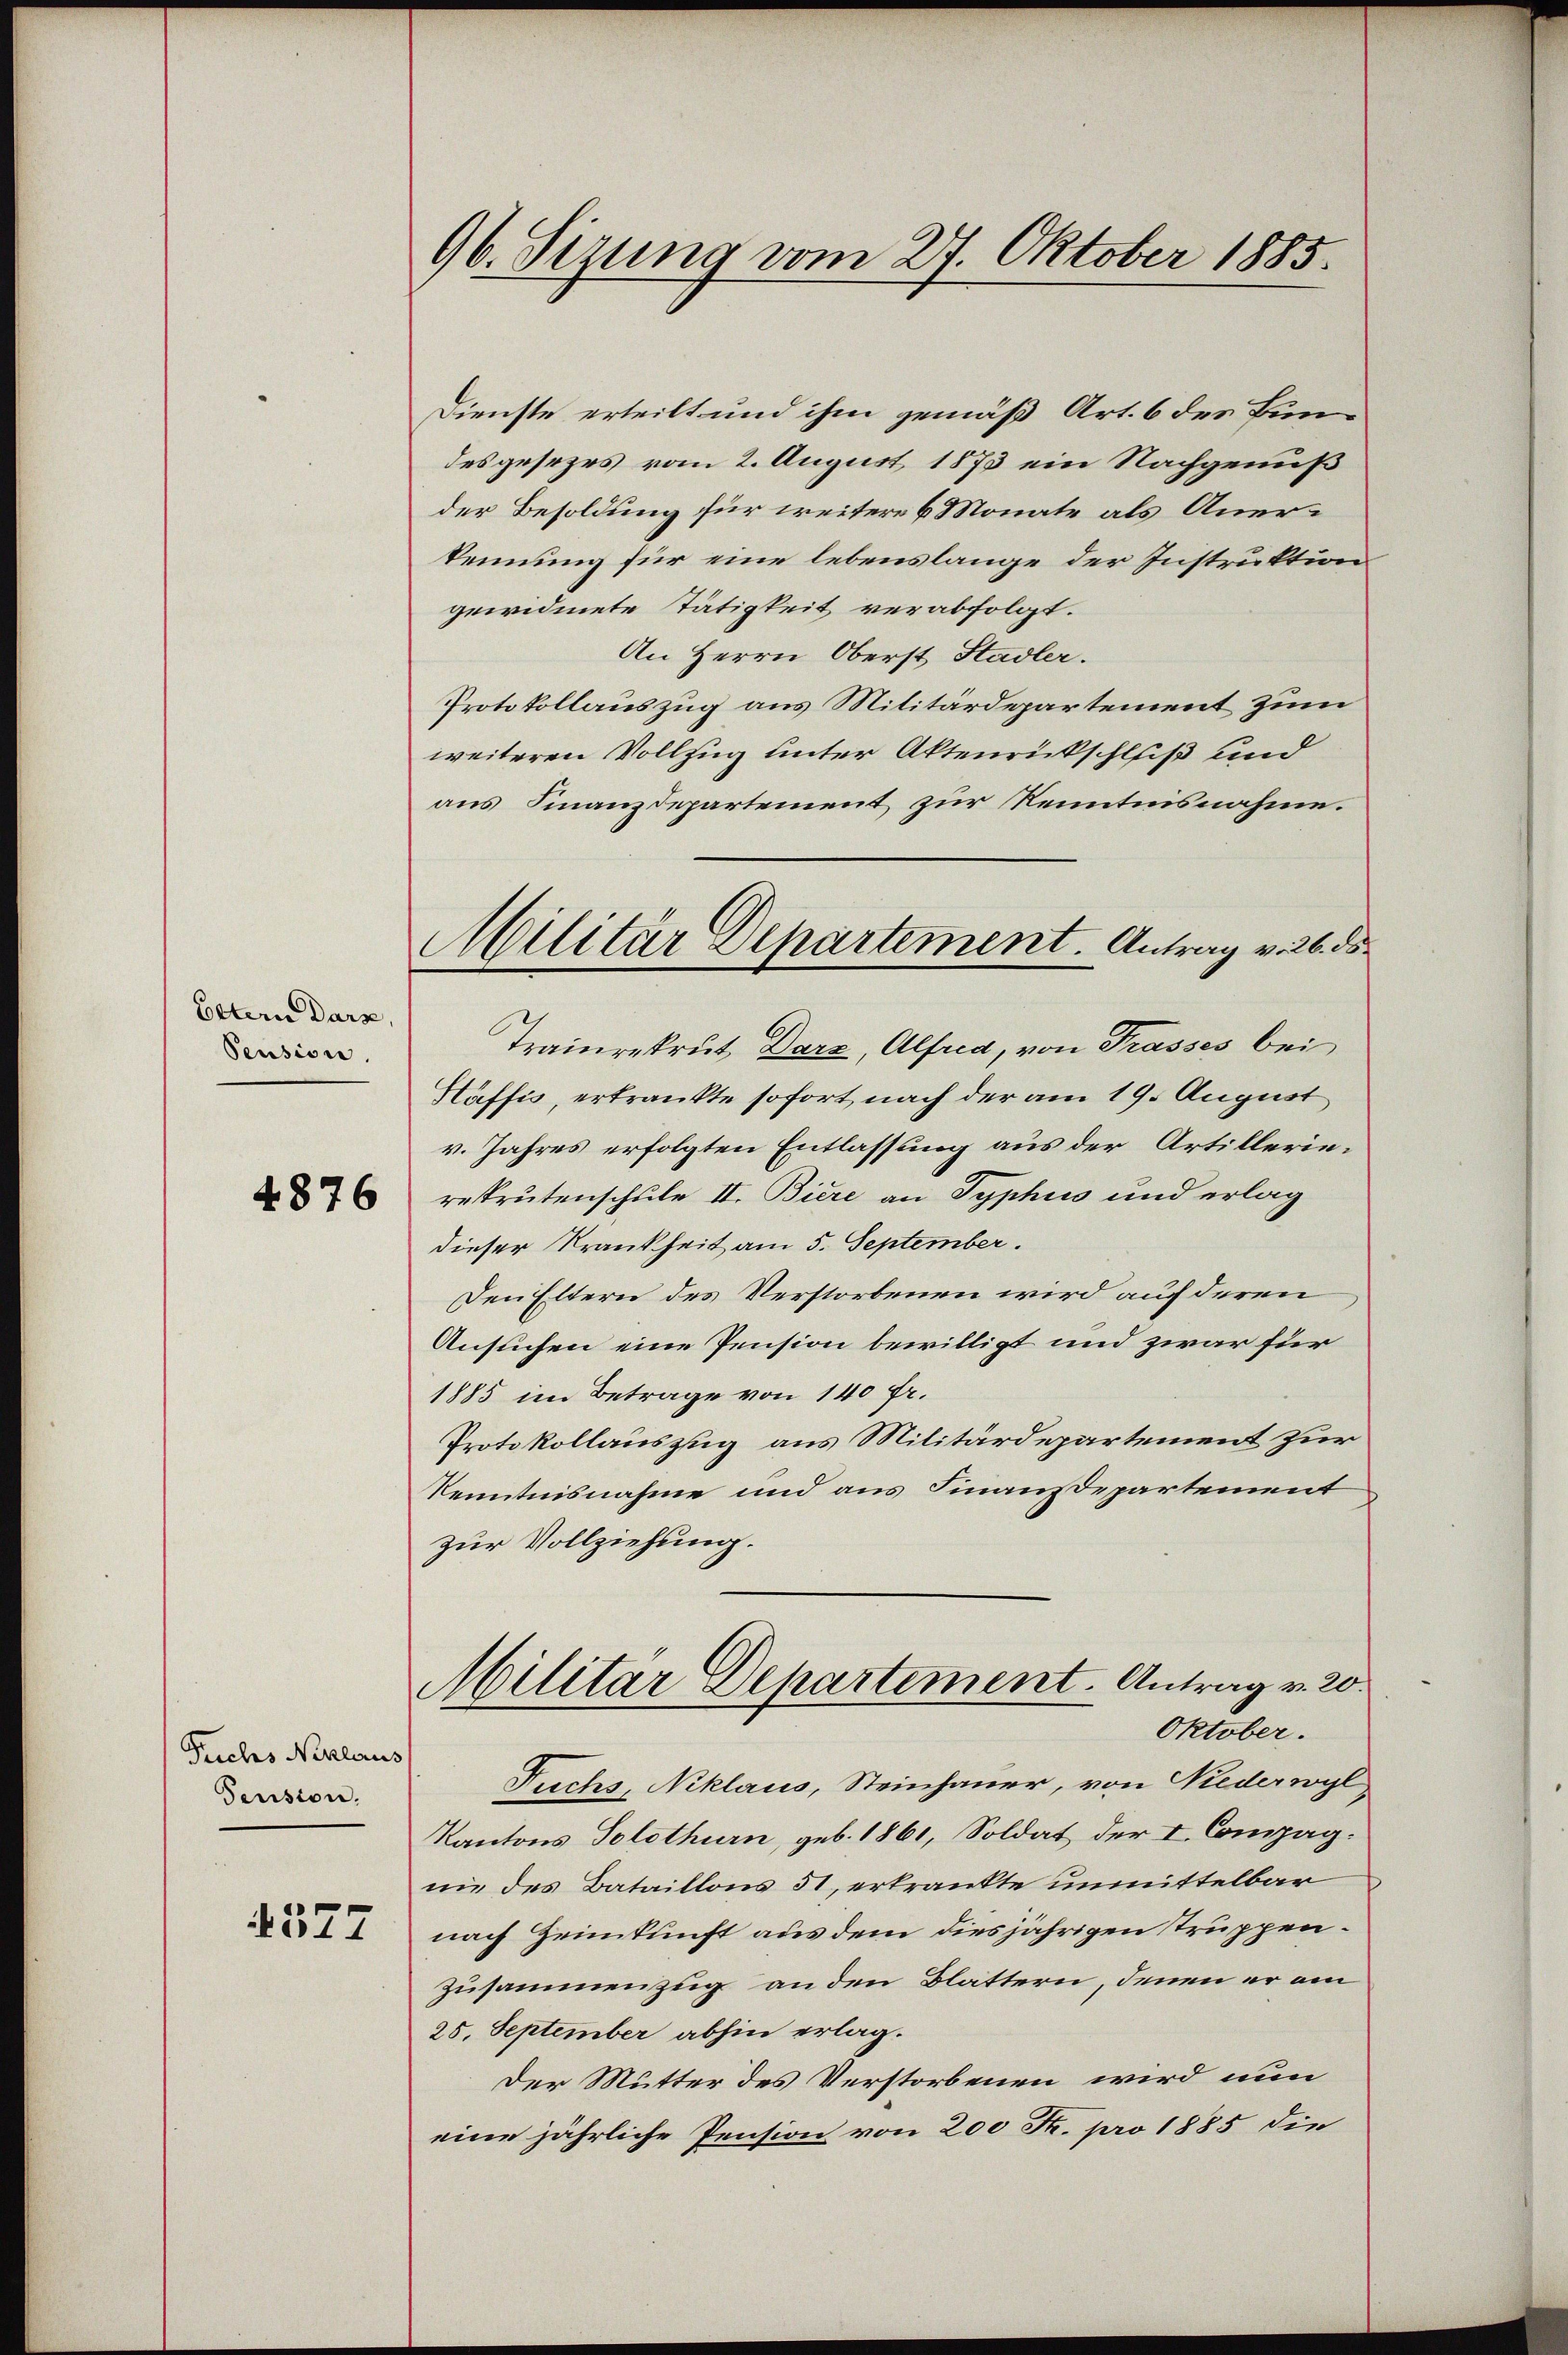
Eltern Darz,
Pension.

4876

Triches Niklaus
Pension.

4577

96. Sizung vom 27. Oktober 1885.

Militär Departement. Antrag v. 26. ds.

Dienste erteilt und ihm gemäß Art. 6 des Bundesgesezes vom 2. August 1873 ein Nachgenuß
der Besoldung für weitere 6 Monate als Anerkennung für eine lebenslange der Instruktion
gewidmete Tätigkeit verabfolgt.
An Herrn Oberst Stadler.
Protokollauszug aus Militärdepartement zum
weiteren Vollzug unter Aktenrückschluß und
aus Finanzdepartement zur Kenntnisnahme.
Trainrekrut Darz, Alfred, von Trasses bei
Häffis, erkrankte sofort nach der am 19. August
v. Jahres erfolgten Entlassung aus der Artillerierekrutenschule II. Biere an Typhus und erlag
dieser Krankheit am 5. September.
Den Eltern des Verstorbenen wird auf deren
Ansuchen eine Pension bewilligt und zwar für
1885 im Betrage von 140 fr.
Protokollauszug aus Militärdepartement zur
Kenntnisnahme und aus Finausepartement
zur Vollziehung.
Militar Departement. Antrag v. 20.
Oktober.
Fuchs, Niklaus, Steinhauer, von Niederwyl
Kantons Solothurn, geb. 1861, Soldat der I. Compagnie des Bataillons 51, erkrankte unmittelbar
nach Zeinkunft aus dem diesjährigen truppen¬
Zusammenzug an den Blattern, denen er am
25. September abhin erlag.
Der Mutter des Verstorbenen wird nun
eine jährliche Pension von 200 Fr. pro 1885 die